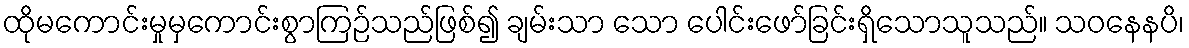
ထိုမကောင်းမှုမှကောင်းစွာကြဉ်သည်ဖြစ်၍ ချမ်းသာ သော ပေါင်းဖော်ခြင်းရှိသောသူသည်။ သဝနေနပိ၊